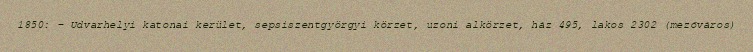
1850: – Udvarhelyi katonai kerület, sepsiszentgyörgyi körzet, uzoni alkörzet, ház 495, lakos 2302 (mezőváros)